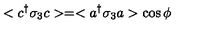
< c ^ { \dag } \sigma _ { 3 } c > = < a ^ { \dag } \sigma _ { 3 } a > \cos \phi